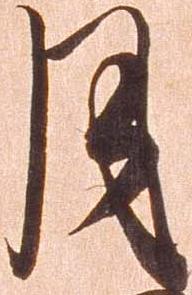
月